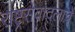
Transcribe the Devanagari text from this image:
राष्ट्रसेवादलाचे